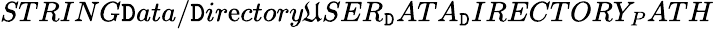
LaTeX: STRING\mathtt{D}ata/\mathtt{D}ir\mathrm{e}ctory\mathfrak{U}SER_{\mathtt{D}}ATA_{\mathtt{D}}IRECTORY_{P}ATH